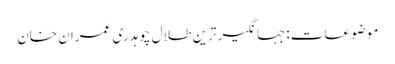
موضوعات:جہانگیر ترین طلال چوہدری عمران خان